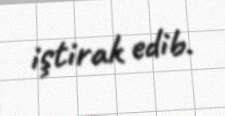
iştirak edib.